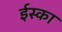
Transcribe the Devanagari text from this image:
ईस्का